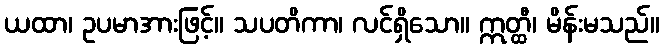
ယထာ၊ ဥပမာအားဖြင့်။ သပတိကာ၊ လင်ရှိသော။ ဣတ္ထီ၊ မိန်းမသည်။